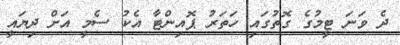
ދެ ވަނަ ޓީމުގެ ގޮތުގައި ހަތަރު ޕޮއިންޓާ އެކު ސެމީ އަށް ދިޔައީ